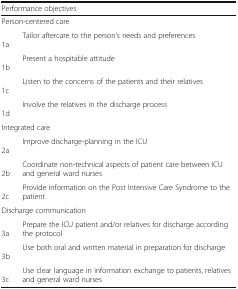
| <COLSPAN=2> Performance objectives |
 | --- | --- |
 | <COLSPAN=2> Person-centered care |
 | 1a | Tailor aftercare to the person’s needs and preferences |
 | 1b | Present a hospitable attitude |
 | 1c | Listen to the concerns of the patients and their relatives |
 | 1d | Involve the relatives in the discharge process |
 | <COLSPAN=2> Integrated care |
 | 2a | Improve discharge-planning in the ICU |
 | 2b | Coordinate non-technical aspects of patient care between ICU and general ward nurses |
 | 2c | Provide information on the Post Intensive Care Syndrome to the patient |
 | <COLSPAN=2> Discharge communication |
 | 3a | Prepare the ICU patient and/or relatives for discharge according the protocol |
 | 3b | Use both oral and written material in preparation for discharge |
 | 3c | Use clear language in information exchange to patients, relatives and general ward nurses |